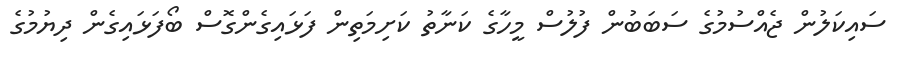
ސައިކަލުން ޖެއްސުމުގެ ސަބަބުން ފުލުސް މީހާގެ ކަނާތު ކަށިމަތިން ފަޅައިގެންގޮސް ބޯފަޅައިގެން ދިޔުމުގެ